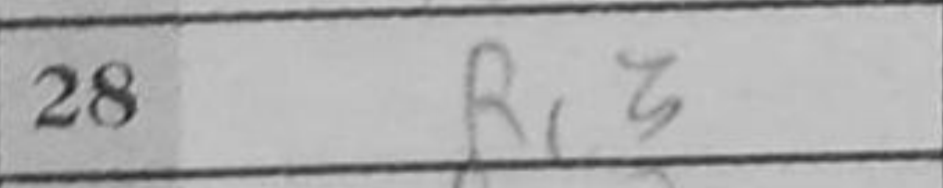
Transcription: Rc3